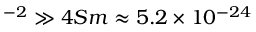
^ { - 2 } \gg 4 S m \approx 5 . 2 \times 1 0 ^ { - 2 4 }